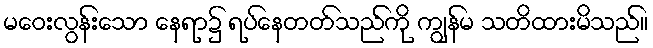
မဝေးလွန်းသော နေရာ၌ ရပ်နေတတ်သည်ကို ကျွန်မ သတိထားမိသည်။